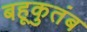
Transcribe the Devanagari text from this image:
बहूकुतंब